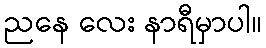
ညနေ လေး နာရီမှာပါ။